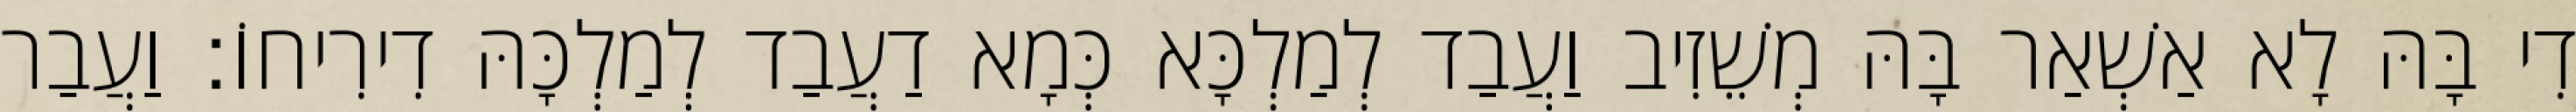
דִי בָּהּ לָא אַשְׁאַר בָּהּ מְשֵׁזִיב וַעֲבַד לְמַלְכָּא כְּמָא דַעֲבַד לְמַלְכָּהּ דִירִיחוֹ׃ וַעֲבַר